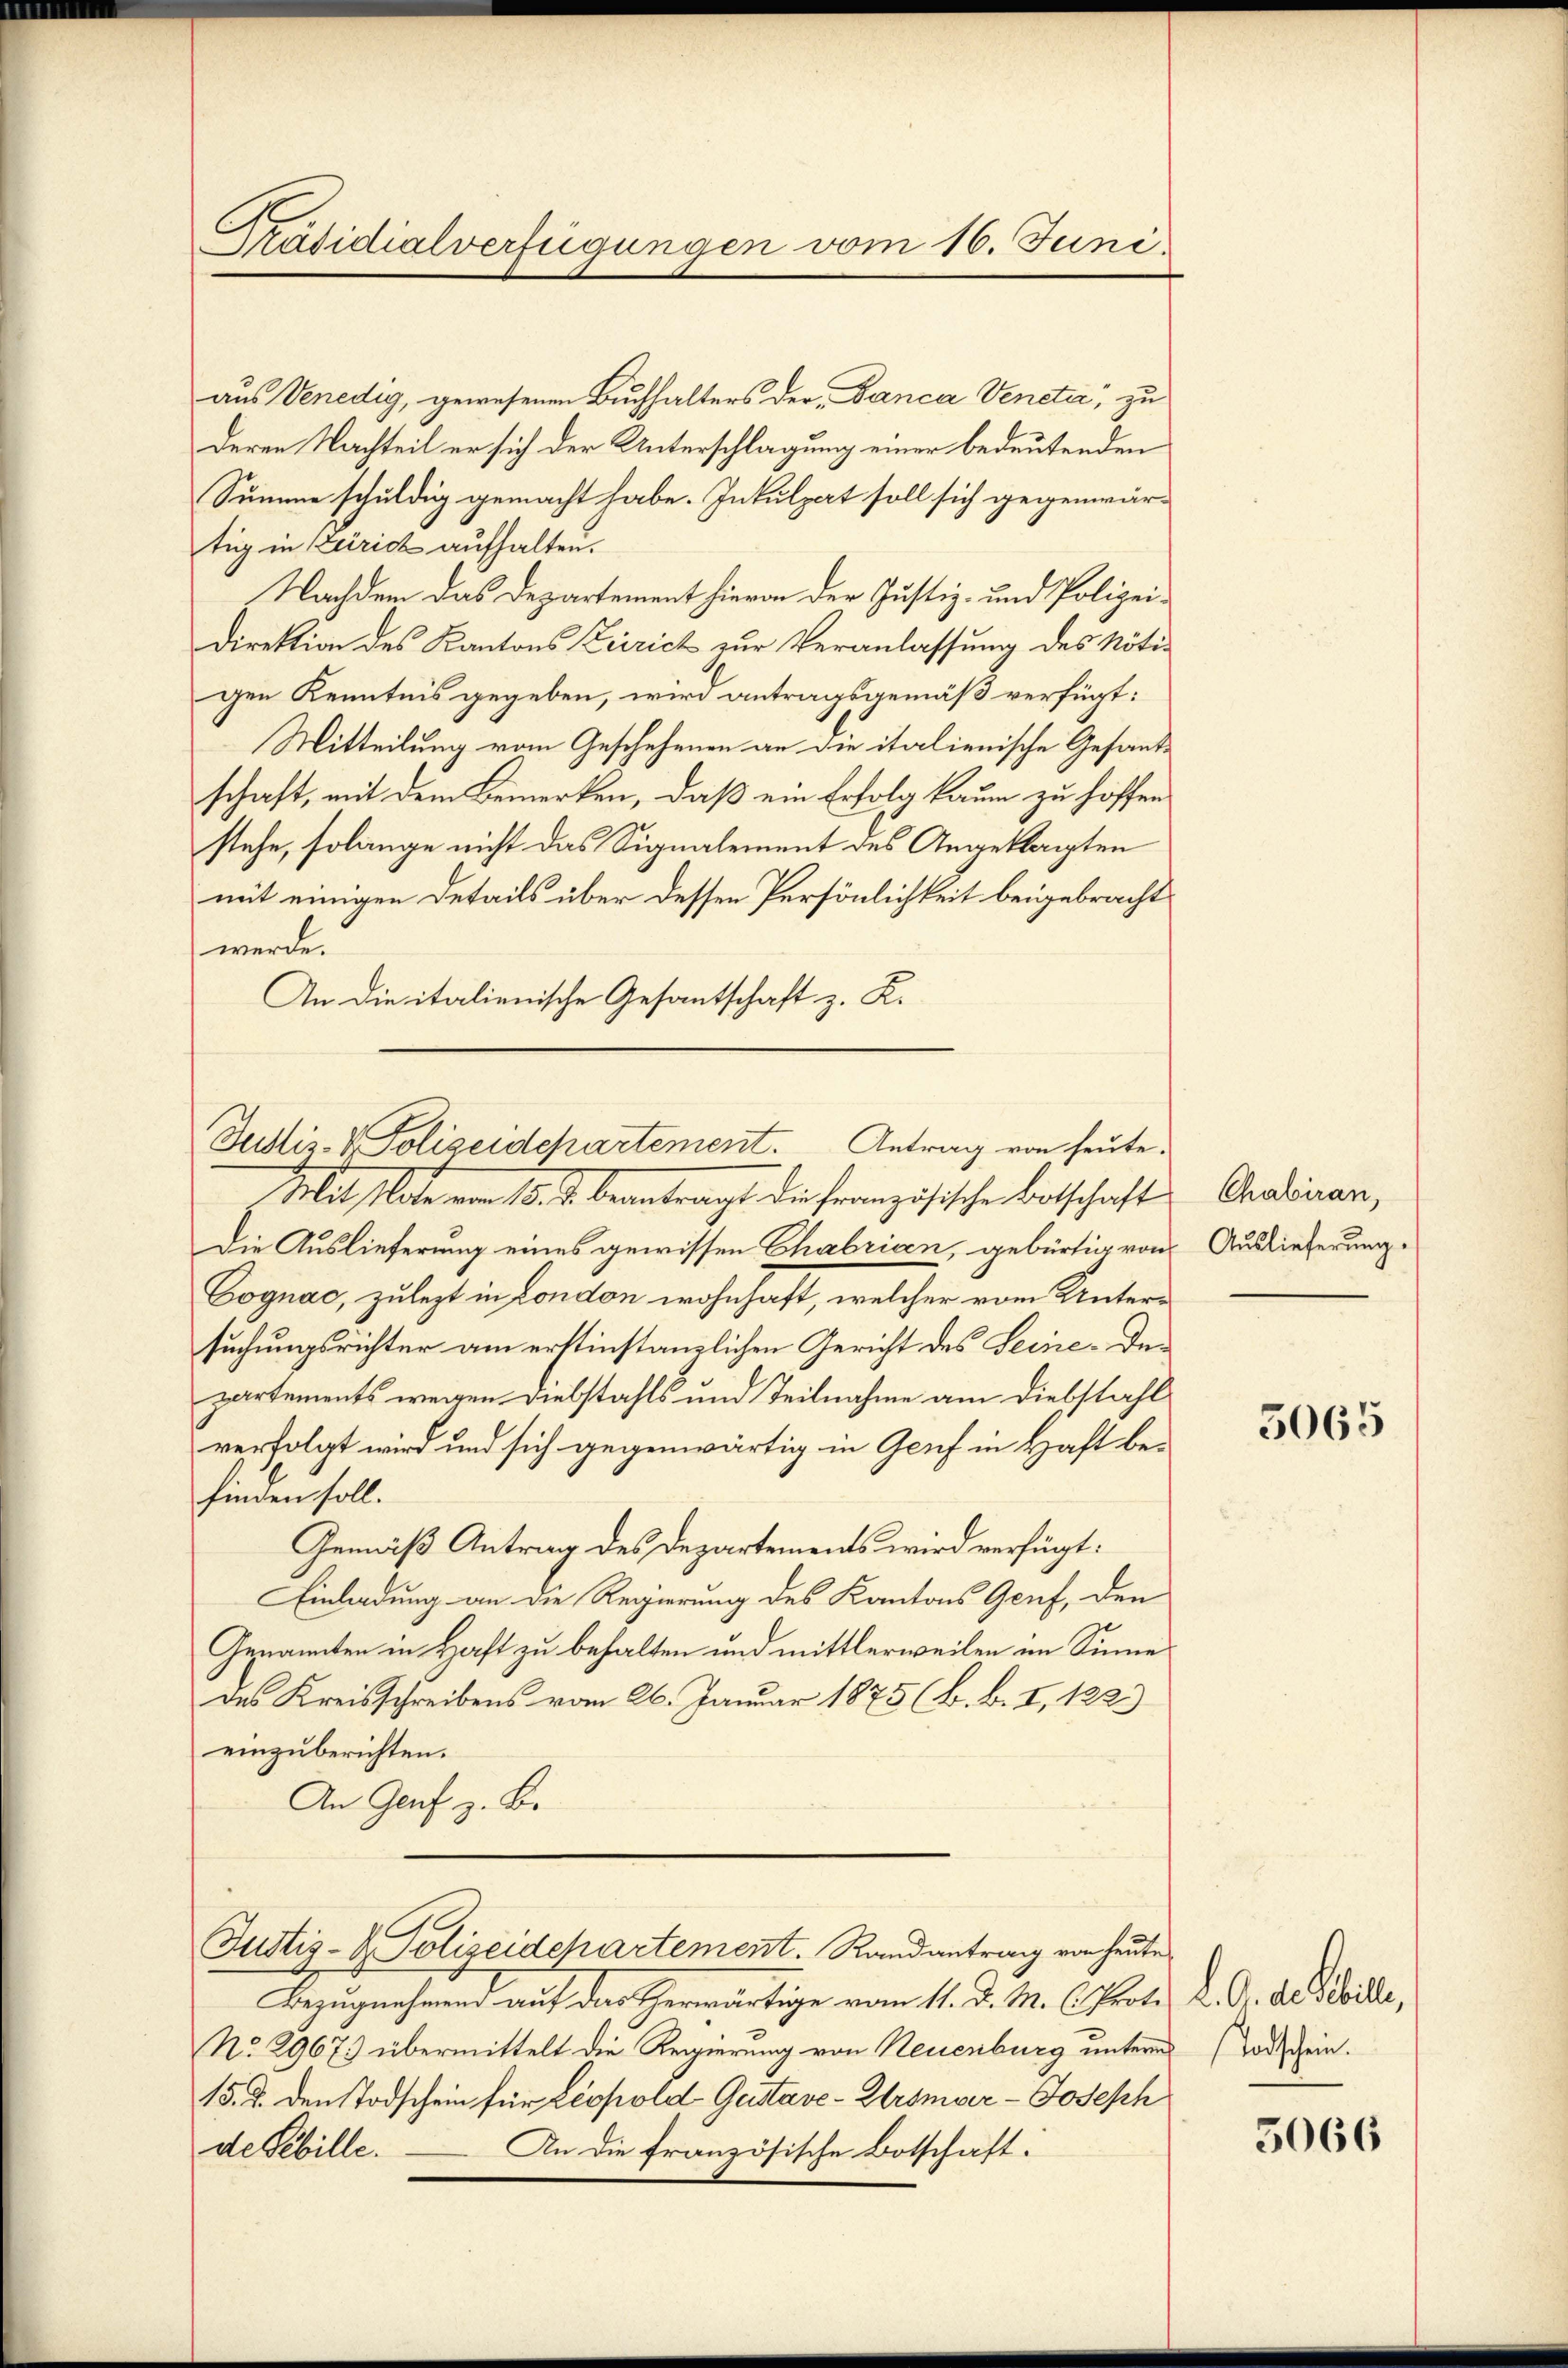
Präsidialverfügungen vom 16. Juni

aus Venedig, gewesenen Buchhalters der Danca Venetia, zu
deren Nachteil er sich der Unterschlagung einer bedeutenden
Summe schuldig gemacht habe. Inkulpat soll sich gegenwär-
tig in Zürich aufhalten.
Nachdem das Departement hievon der Justiz- und Polizei¬
Direktion des Kantons Leirich zur Veranlassung des Nöti-
gen Kenntnis gegeben, wird antragsgemäß verfügt:
Mitteilung vom Geschehenen an die italienische Gesandschaft, mit dem Bemerken, daß ein Erfolg kaum zu hoffen
stehe, solange nicht das Signalement des Angeklagten
mit einigen Details über dessen Persönlichkeit beigebracht
werde.
An die italienische Gesantschaft z. K.
Justiz- & Polizeidepartement. Antrag von heute.
Mit late vom 10. J. beantragt die Französischen Botschaft
Die Auslieferung eines gewissen Chabricen, gebürtig von
Cognac, zulezt in London wohnhaft, welcher vom Untersuchungsrichter am erstinstanzlichen Gericht des Seine-Departements wegen Diebstahls und Teilnahme am Diebstahl
verfolgt wird und sich gegenwärtig in Genf in Haft befinden soll.
Gemäß Antrag des Departements wird verfügt:
Einladung an die Regierung des Kantons Genf, den
Genannten in Haft zu behalten und mittlerweilen im Sinne
des Kreisschreibens vom 26. Januar 1875 (B. b. I, 122.)
einzuberichten.
An Genf z. Be¬

Justiz- & Polizeidepartement. Randantrag von heute

Bezugnehmend auf das herwärtige vom 11. d. M. C. Prot. D. O. die Weile,
No. 2967. übermittelt die Regierung von Neuenburg unterm Todschein.
15. J. den Todschein für Leopold Gustave-Krsmoer- Joseph
An die französische Botschaft:
de Sebille.

Chabiran,
Auslieferung.

5065

5066